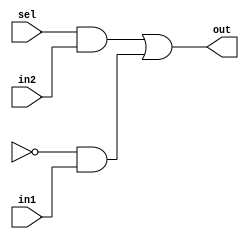
module mux2to1(out, sel, in1, in2);
    input in1, in2, sel;
    output out;
    wire not_sel, a1, a2;
    not (not_sel, se1);
    and (a1, sel, in2);
    and (a2, not_sel, in1);
    or (out, a1, a2);
endmodule

module bit8_2to1mux(out, sel, in1, in2);
    input [7:0] in1, in2;
    output [7:0] out;
    input sel;
    /* We can use genvar and generate block and a for 
    loop for the following statements

    genvar j;
    // This is the variable that is to be used in the generate 
    // block
    generate for (j = 0; j<8; j = j+1) begin: mux_loop
    //mux_loop is the name of the loop
    mux2to1 m1 (out[j], sel, in1[j], in2[j]);
    // mux2to1 is instanciated everytime it is called
    
    */

    mux2to1 m0(out[0], sel, in1[0], in2[0]);
    mux2to1 m1(out[1], sel, in1[1], in2[1]);
    mux2to1 m2(out[2], sel, in1[2], in2[2]);
    mux2to1 m3(out[3], sel, in1[3], in2[3]);
    mux2to1 m4(out[4], sel, in1[4], in2[4]);
    mux2to1 m5(out[5], sel, in1[5], in2[5]);
    mux2to1 m6(out[6], sel, in1[6], in2[6]);
    mux2to1 m7(out[7], sel, in1[7], in2[7]);
    
    //end iverilog
    //endgenerate
endmodule

module tb_8bit2to1mux;
    reg [7:0] INP1, INP2;
    reg SEL;
    wire [7:0] out;
    bit8_2to1mux M1 (out, SEL, INP1, INP2);
    initial
    begin
      INP1=8'b10101010;
      INP2=8'b01010101;
      SEL=1'b0;
      #100 SEL=1'b1;
      #1000 $finish;
    end
endmodule